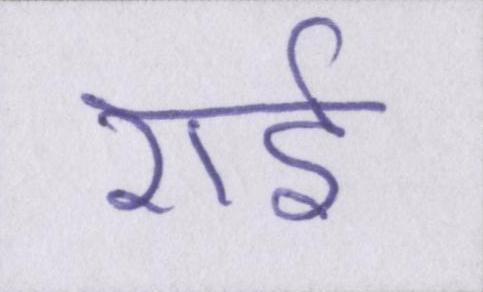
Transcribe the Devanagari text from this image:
राई